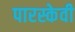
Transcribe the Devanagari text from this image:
पारस्केवी